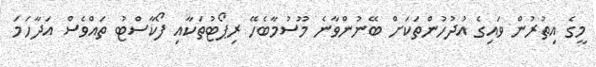
މީގެ އިތުރުން ވައިގެ އުދުހުންތަކަށް ބޭނުންވާނެ މޫސުމާބެހޭ ރިޕޯޓުތަކާއި ފޯކާސްޓު ތައްވެސް އަދާހަމަ